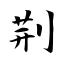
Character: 荆